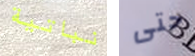
نباتية حتى